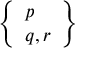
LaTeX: \left\{ { \begin{array} { l } { p } \\ { q , r } \end{array} } \right\}